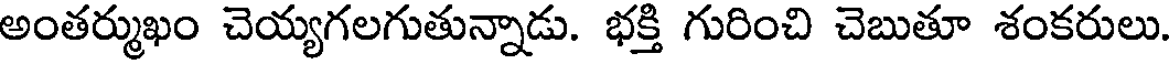
అంతర్ముఖం చెయ్యగలగుతున్నాడు. భక్తి గురించి చెబుతూ శంకరులు.